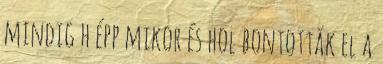
mindig h épp mikor és hol bontották el a